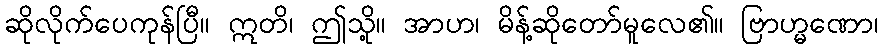
ဆိုလိုက်ပေကုန်ပြီ။ ဣတိ၊ ဤသို့။ အာဟ၊ မိန့်ဆိုတော်မူလေ၏။ ဗြာဟ္မဏော၊